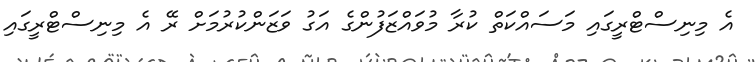
އެ މިނިސްޓްރީގައި މަސައްކަތް ކުރާ މުވައްޒަފުންގެ އަގު ވަޒަންކުރުމަށް ރޭ އެ މިނިސްޓްރީގައި